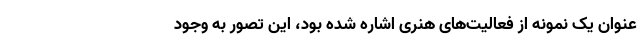
عنوان یک نمونه از فعالیت‌های هنری اشاره شده بود، این تصور به وجود